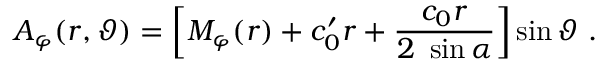
A _ { \varphi } ( r , \vartheta ) = \left[ M _ { \varphi } ( r ) + c _ { 0 } ^ { \prime } r + \frac { c _ { 0 } r } { 2 ~ \sin \alpha } \right] \sin \vartheta ~ .